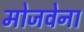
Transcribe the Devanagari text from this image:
मोजवेना